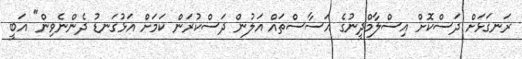
ރަނގަޅަށް ދަސްކޮށް އިސްލާމްދީނުގެ އަސާސްތައް އަލުން ދަސްކުރަން ކަމަށް އަޅުގަނޑު ދެންނެވިން" އަބީ